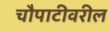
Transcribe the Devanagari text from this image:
चौपाटीवरील